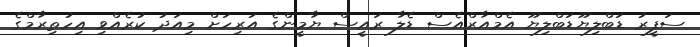
ސަފީރު ޑަބްލިޔޫޑަބްލިޔޫ އެމްއާރްއެސް ޑެލާ ރައީސް ޔާމީންގެ އަރިހަށް މިއަދު ކުރެއްވި އިހުތިރާމްގެ